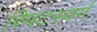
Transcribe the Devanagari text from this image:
स्पिटस्वर्ग